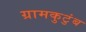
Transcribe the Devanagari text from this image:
ग्रामकुटुंब